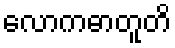
လောကဓာတူတိ